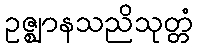
ဥဇ္ဈာနသညိသုတ္တံ